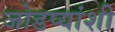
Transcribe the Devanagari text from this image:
जोडप्यांशी